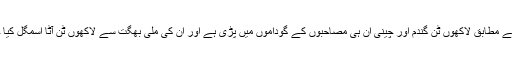
اطلاعات کے مطابق لاکھوں ٹن گندم اور چینی ان ہی مصاحبوں کے گوداموں میں پڑی ہے اور ان کی ملی بھگت سے لاکھوں ٹن آٹا اسمگل کیا جاچکا ہے۔